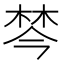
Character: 棽